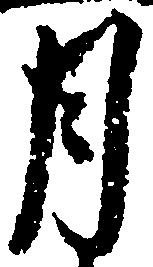
月